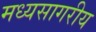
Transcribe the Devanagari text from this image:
मध्यसागरीय